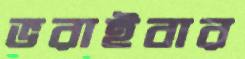
ভরাইবার